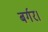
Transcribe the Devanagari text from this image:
बर्गर।